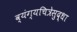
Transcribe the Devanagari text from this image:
व्यंग्यचित्रेसुद्धा